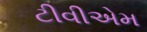
ટીવીએમ